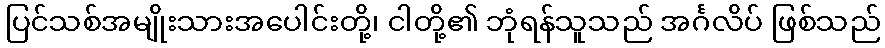
ပြင်သစ်အမျိုးသားအပေါင်းတို့၊ ငါတို့၏ ဘုံရန်သူသည် အင်္ဂလိပ် ဖြစ်သည်